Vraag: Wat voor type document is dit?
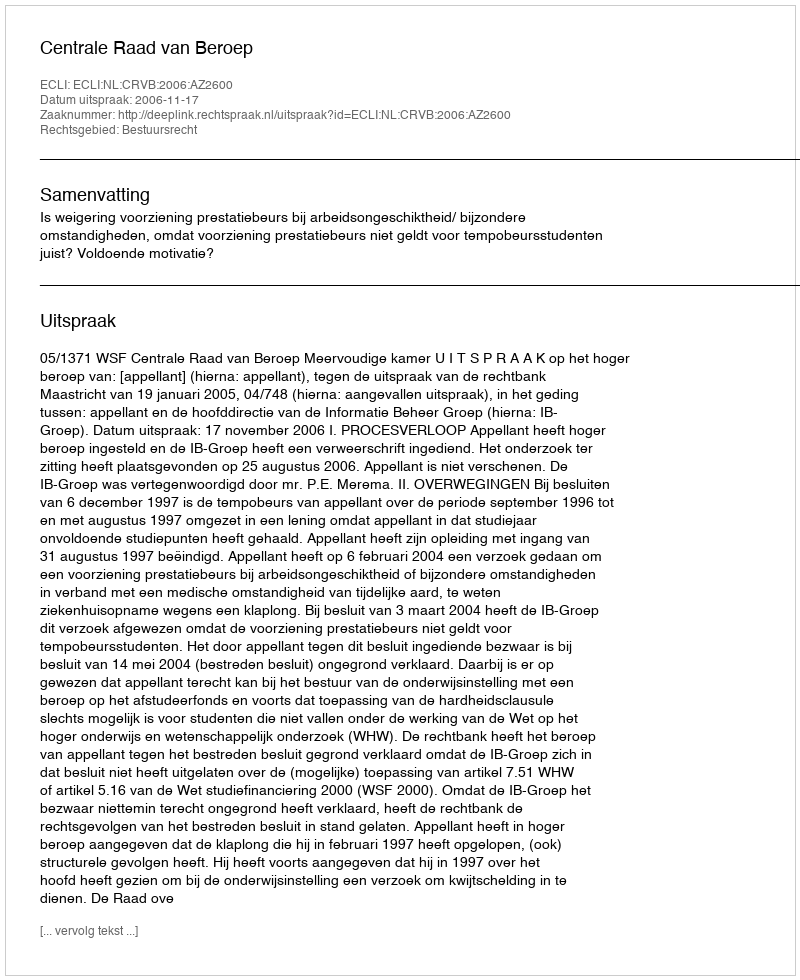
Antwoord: Uitspraak